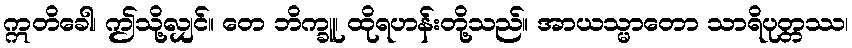
ဣတိခေါ၊ ဤသို့လျှင်။ တေ ဘိက္ခူ၊ ထိုရဟန်းတို့သည်။ အာယသ္မာတော သာရိပုတ္တဿ၊